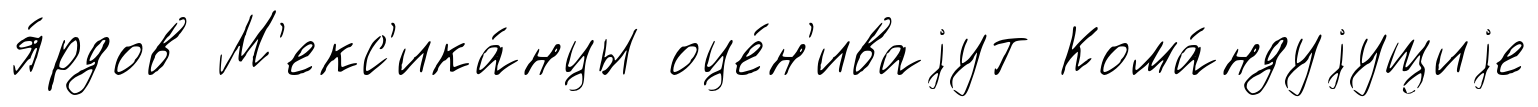
я́рдов М'екс'ика́нцы оце́н'иваjут Кома́ндуjущиjе